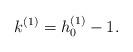
LaTeX: \begin{align*}k^{(1)} = h_0^{(1)}- 1.\end{align*}